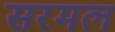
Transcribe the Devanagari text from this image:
सरमल